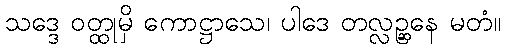
သဒ္ဒေ ဝတ္ထုမှိ ကောဋ္ဌာသေ၊ ပါဒေ တလ္လဉ္ဆနေ မတံ။